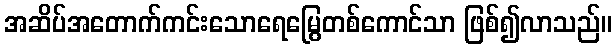
အဆိပ်အတောက်ကင်းသောရေမြွေတစ်ကောင်သာ ဖြစ်၍လာသည်။